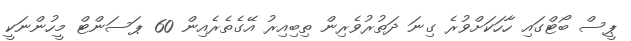
ޕީސް ބޯޓްގައި ހާހަކަށްވުރެ ގިނަ ދަތުރުވެރިން ތިބިއިރު އޭގެތެރެއިން 60 ޕަސަންޓް މީހުންނަކީ